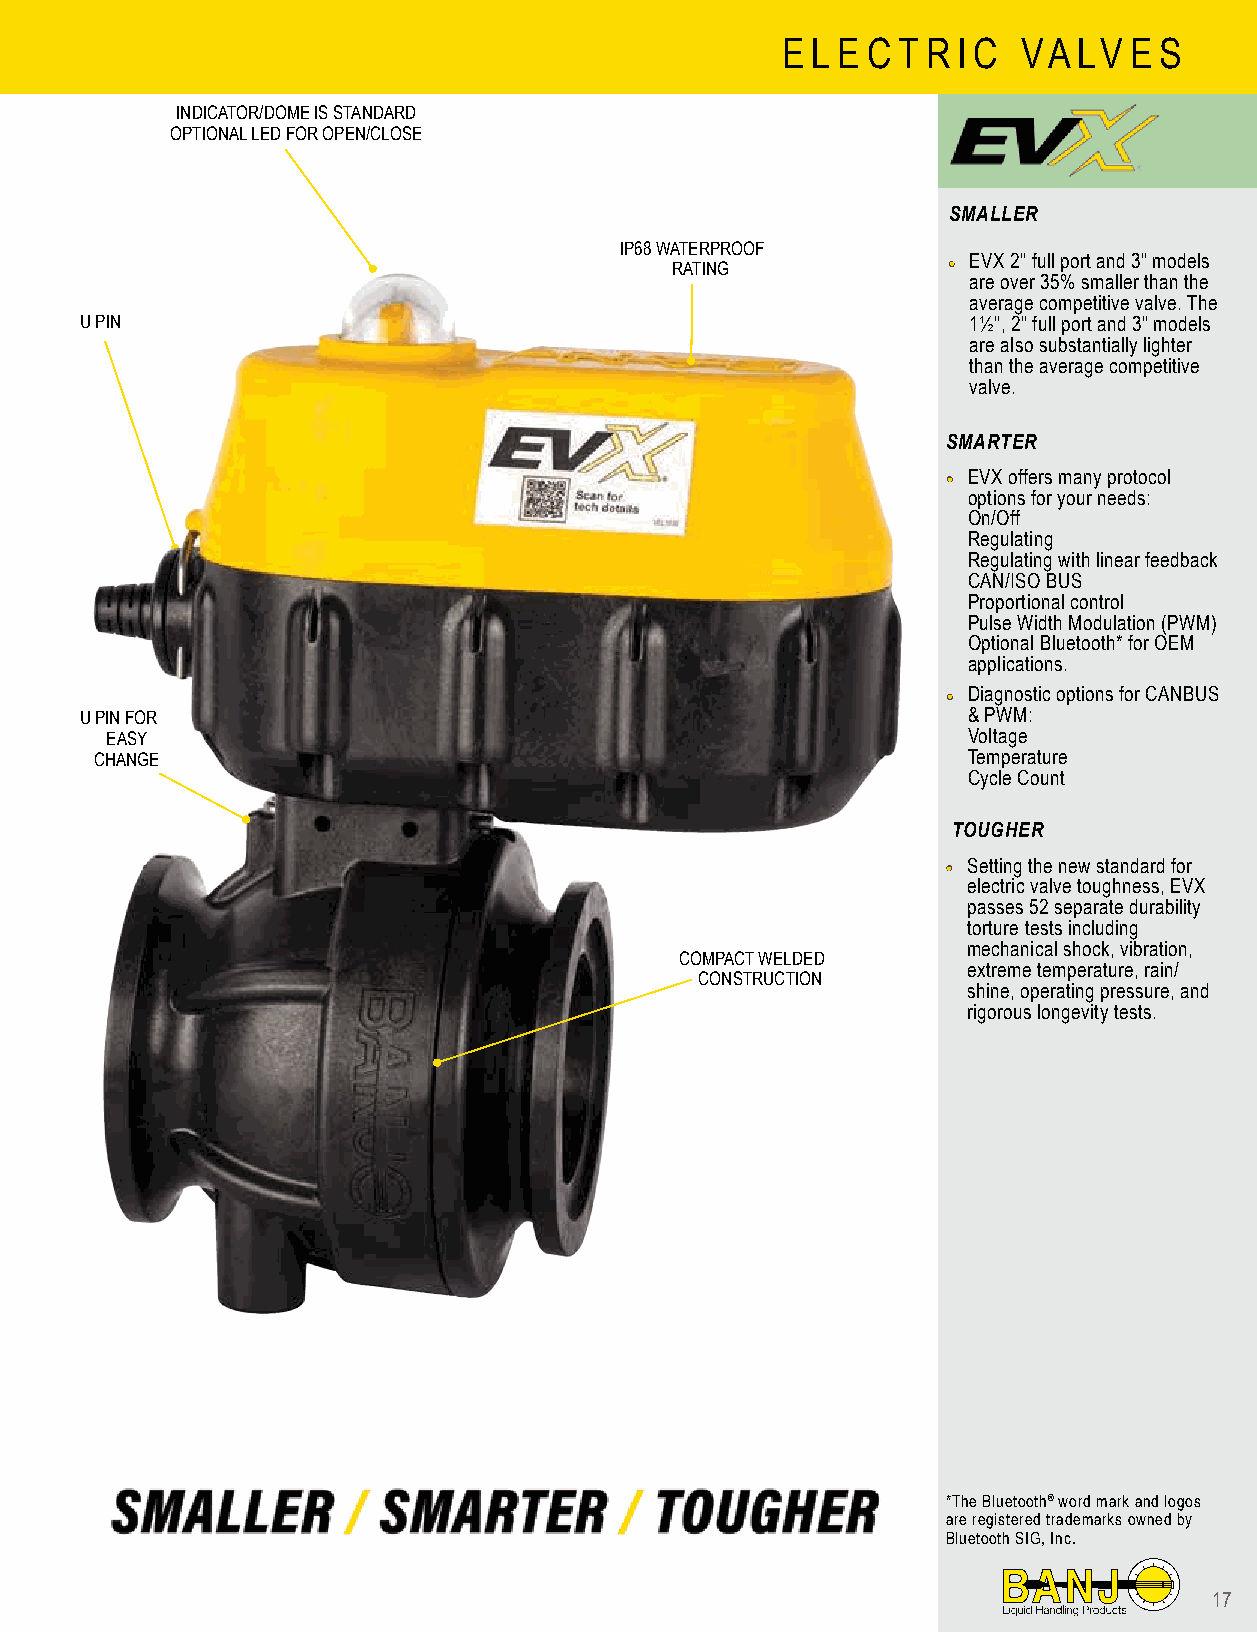
EELLEECCTTRRI CI C V VAALLVVEESS
 INDICATOR/DOME IS STANDARD
 OPTIONAL LED FOR OPEN/CLOSE
 SMALLER
 IP68 WATERPROOF
 RATING             •• EVX 2" full port and 3" models
 are over 35% smaller than the
 average competitive valve. The
 U PIN                                                      1½", 2" full port and 3" models
 are also substantially lighter
 than the average competitive
 valve.
 SMARTER
 •• EVX offers many protocol
 options for your needs:
 On/Off
 Regulating
 Regulating with linear feedback
 CAN/ISO BUS
 Proportional control
 Pulse Width Modulation (PWM)
 Optional Bluetooth* for OEM
 applications.
 •• Diagnostic options for CANBUS
 U PIN FOR                                                  & PWM:
 EASY                                                     Voltage
 CHANGE                                                    Temperature
 Cycle Count
 TOUGHER
 •• Setting the new standard for
 electric valve toughness, EVX
 passes 52 separate durability
 torture tests including
 mechanical shock, vibration,
 COMPACT WELDED
 extreme temperature, rain/
 CONSTRUCTION
 shine, operating pressure, and
 rigorous longevity tests.
 *The Bluetooth® word mark and logos
 are registered trademarks owned by
 Bluetooth SIG, Inc.
 17